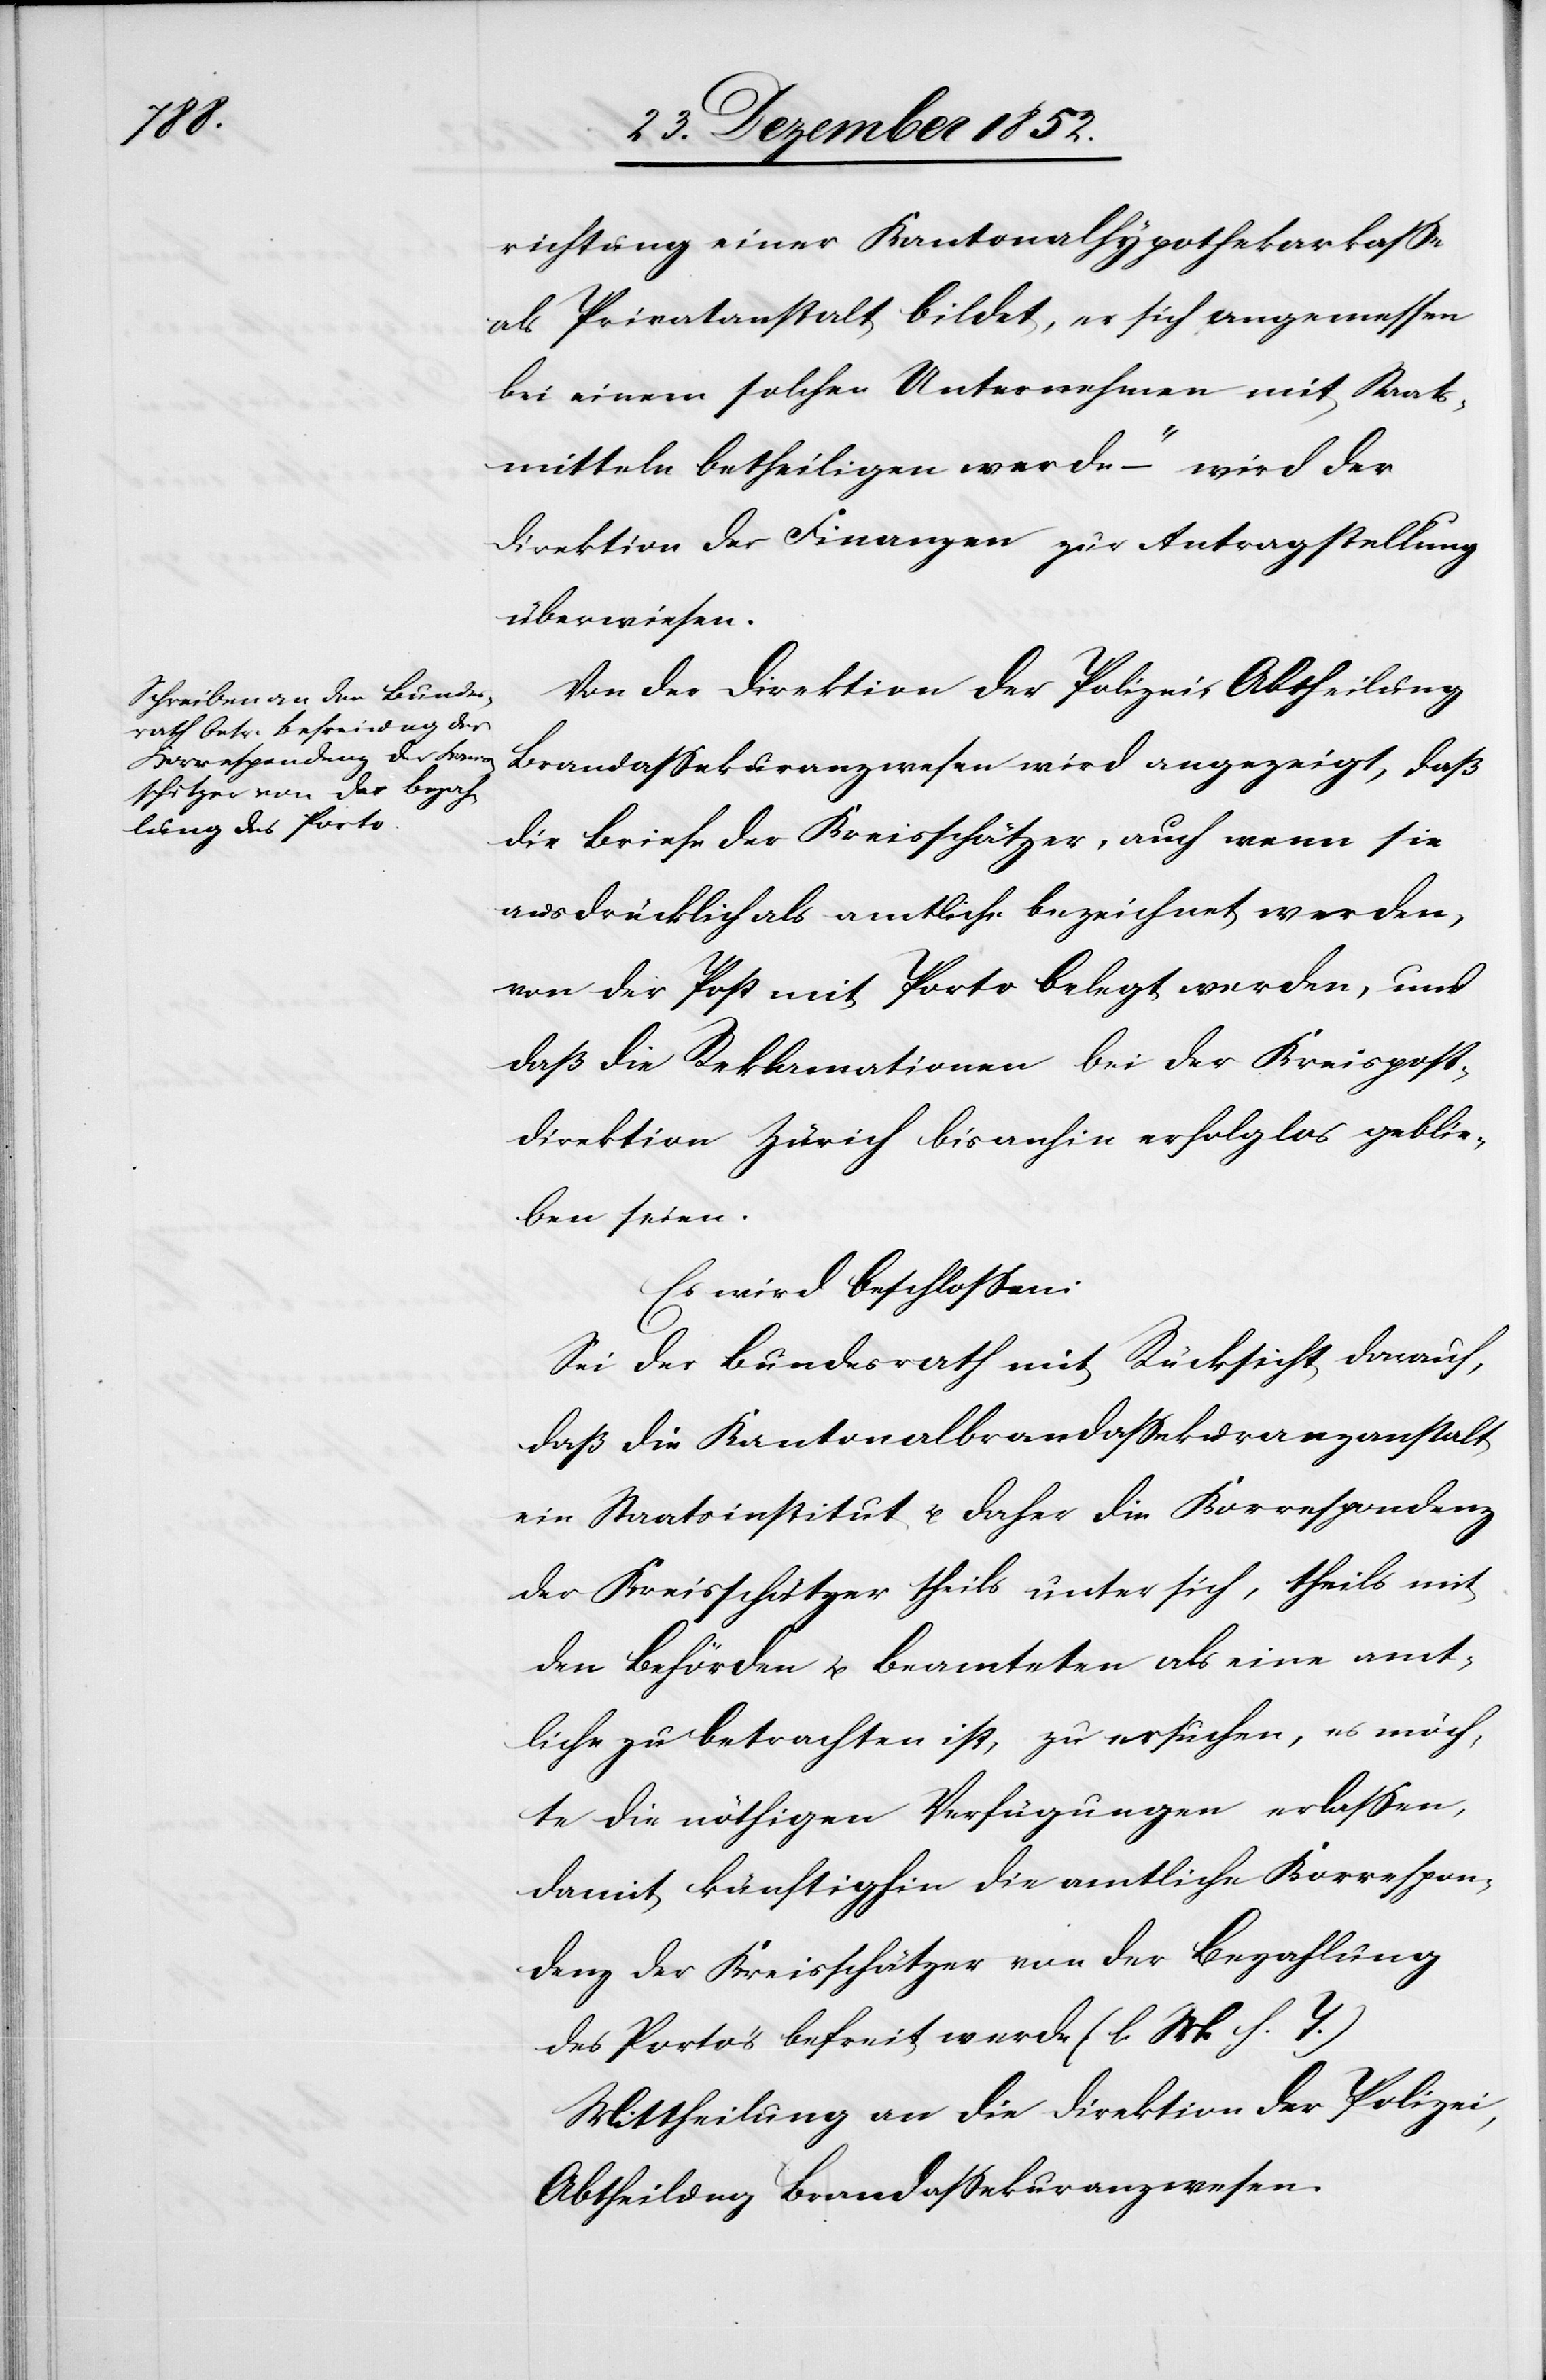
richtung einer Kantonalhypothekarkasse
als Privatanstalt bildet, er sich angemessen
bei einem solchen Unternehmen mit Staats¬
mitteln betheiligen werde“ – wird der
Direktion der Finanzen zur Antragstellung
überwiesen.
Von der Direktion der Polizei, Abtheilung
Brandassekuranzwesen wird angezeigt, daß
die Briefe der Kreisschätzer, auch wenn sie
ausdrücklich als amtlich bezeichnet werden,
von der Post mit Porto belegt werden, und
daß die Reklamationen bei der Kreispost¬
direktion Zürich bisanhin erfolglos geblie¬
ben seien.
Es wird beschlossen:
Sei der Bundesrath mit Rücksicht darauf,
daß die Kantonalbrandassekuranzanstalt
ein Staatsinstitut u. daher die Korrespondenz
der Kreisschätzer theils unter sich, theils mit
den Behörden u. Beamteten als eine amt¬
liche zu betrachten ist, zu ersuchen, er möch¬
te die nöthigen Verfügungen erlassen,
damit künftighin die amtliche Korrespon¬
denz der Kreisschätzer von der Bezahlung
des Porto’s befreit werde (l. M. h. T.)
Mittheilung an die Direktion der Polizei,
Abtheilung Brandassekuranzwesen.